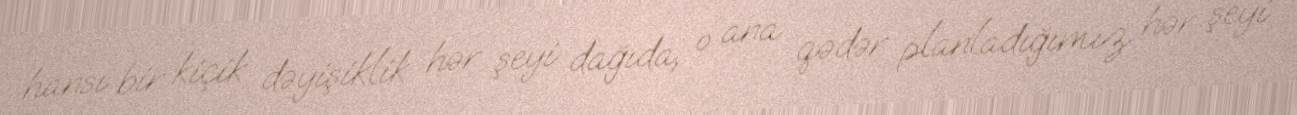
hansı bir kiçik dəyişiklik hər şeyi dağıda, o ana qədər planladığımız hər şeyi